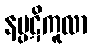
နပ္ပဋိကူလာ